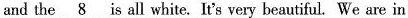
and the \underline{8} is all white. It's very beautiful. We are in